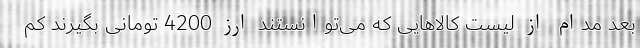
بعد مدام از لیست کالاهایی که می‌توانستند ارز 4200 تومانی بگیرند کم